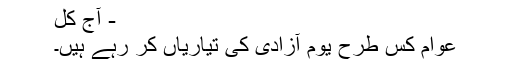
- آج کل
عوام کس طرح یومِ آزادی کی تیاریاں کر رہے ہیں۔